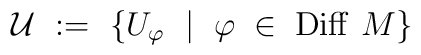
{\mathcal U} \ := \ \left\{ U_\varphi \ \bigm| \ \varphi\;\in\;{\rm    Diff} \ M\right\}